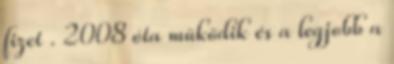
fizet . 2008 óta müködik és a legjobb a